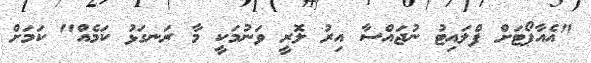
"އެއާޕޯޓަށް ފްލައިޓު ނުޖައްސާ އިރު ލޮރީ ވަނުމަކީ މާ ރަނގަޅު ކަމެއް" ކަމަށް